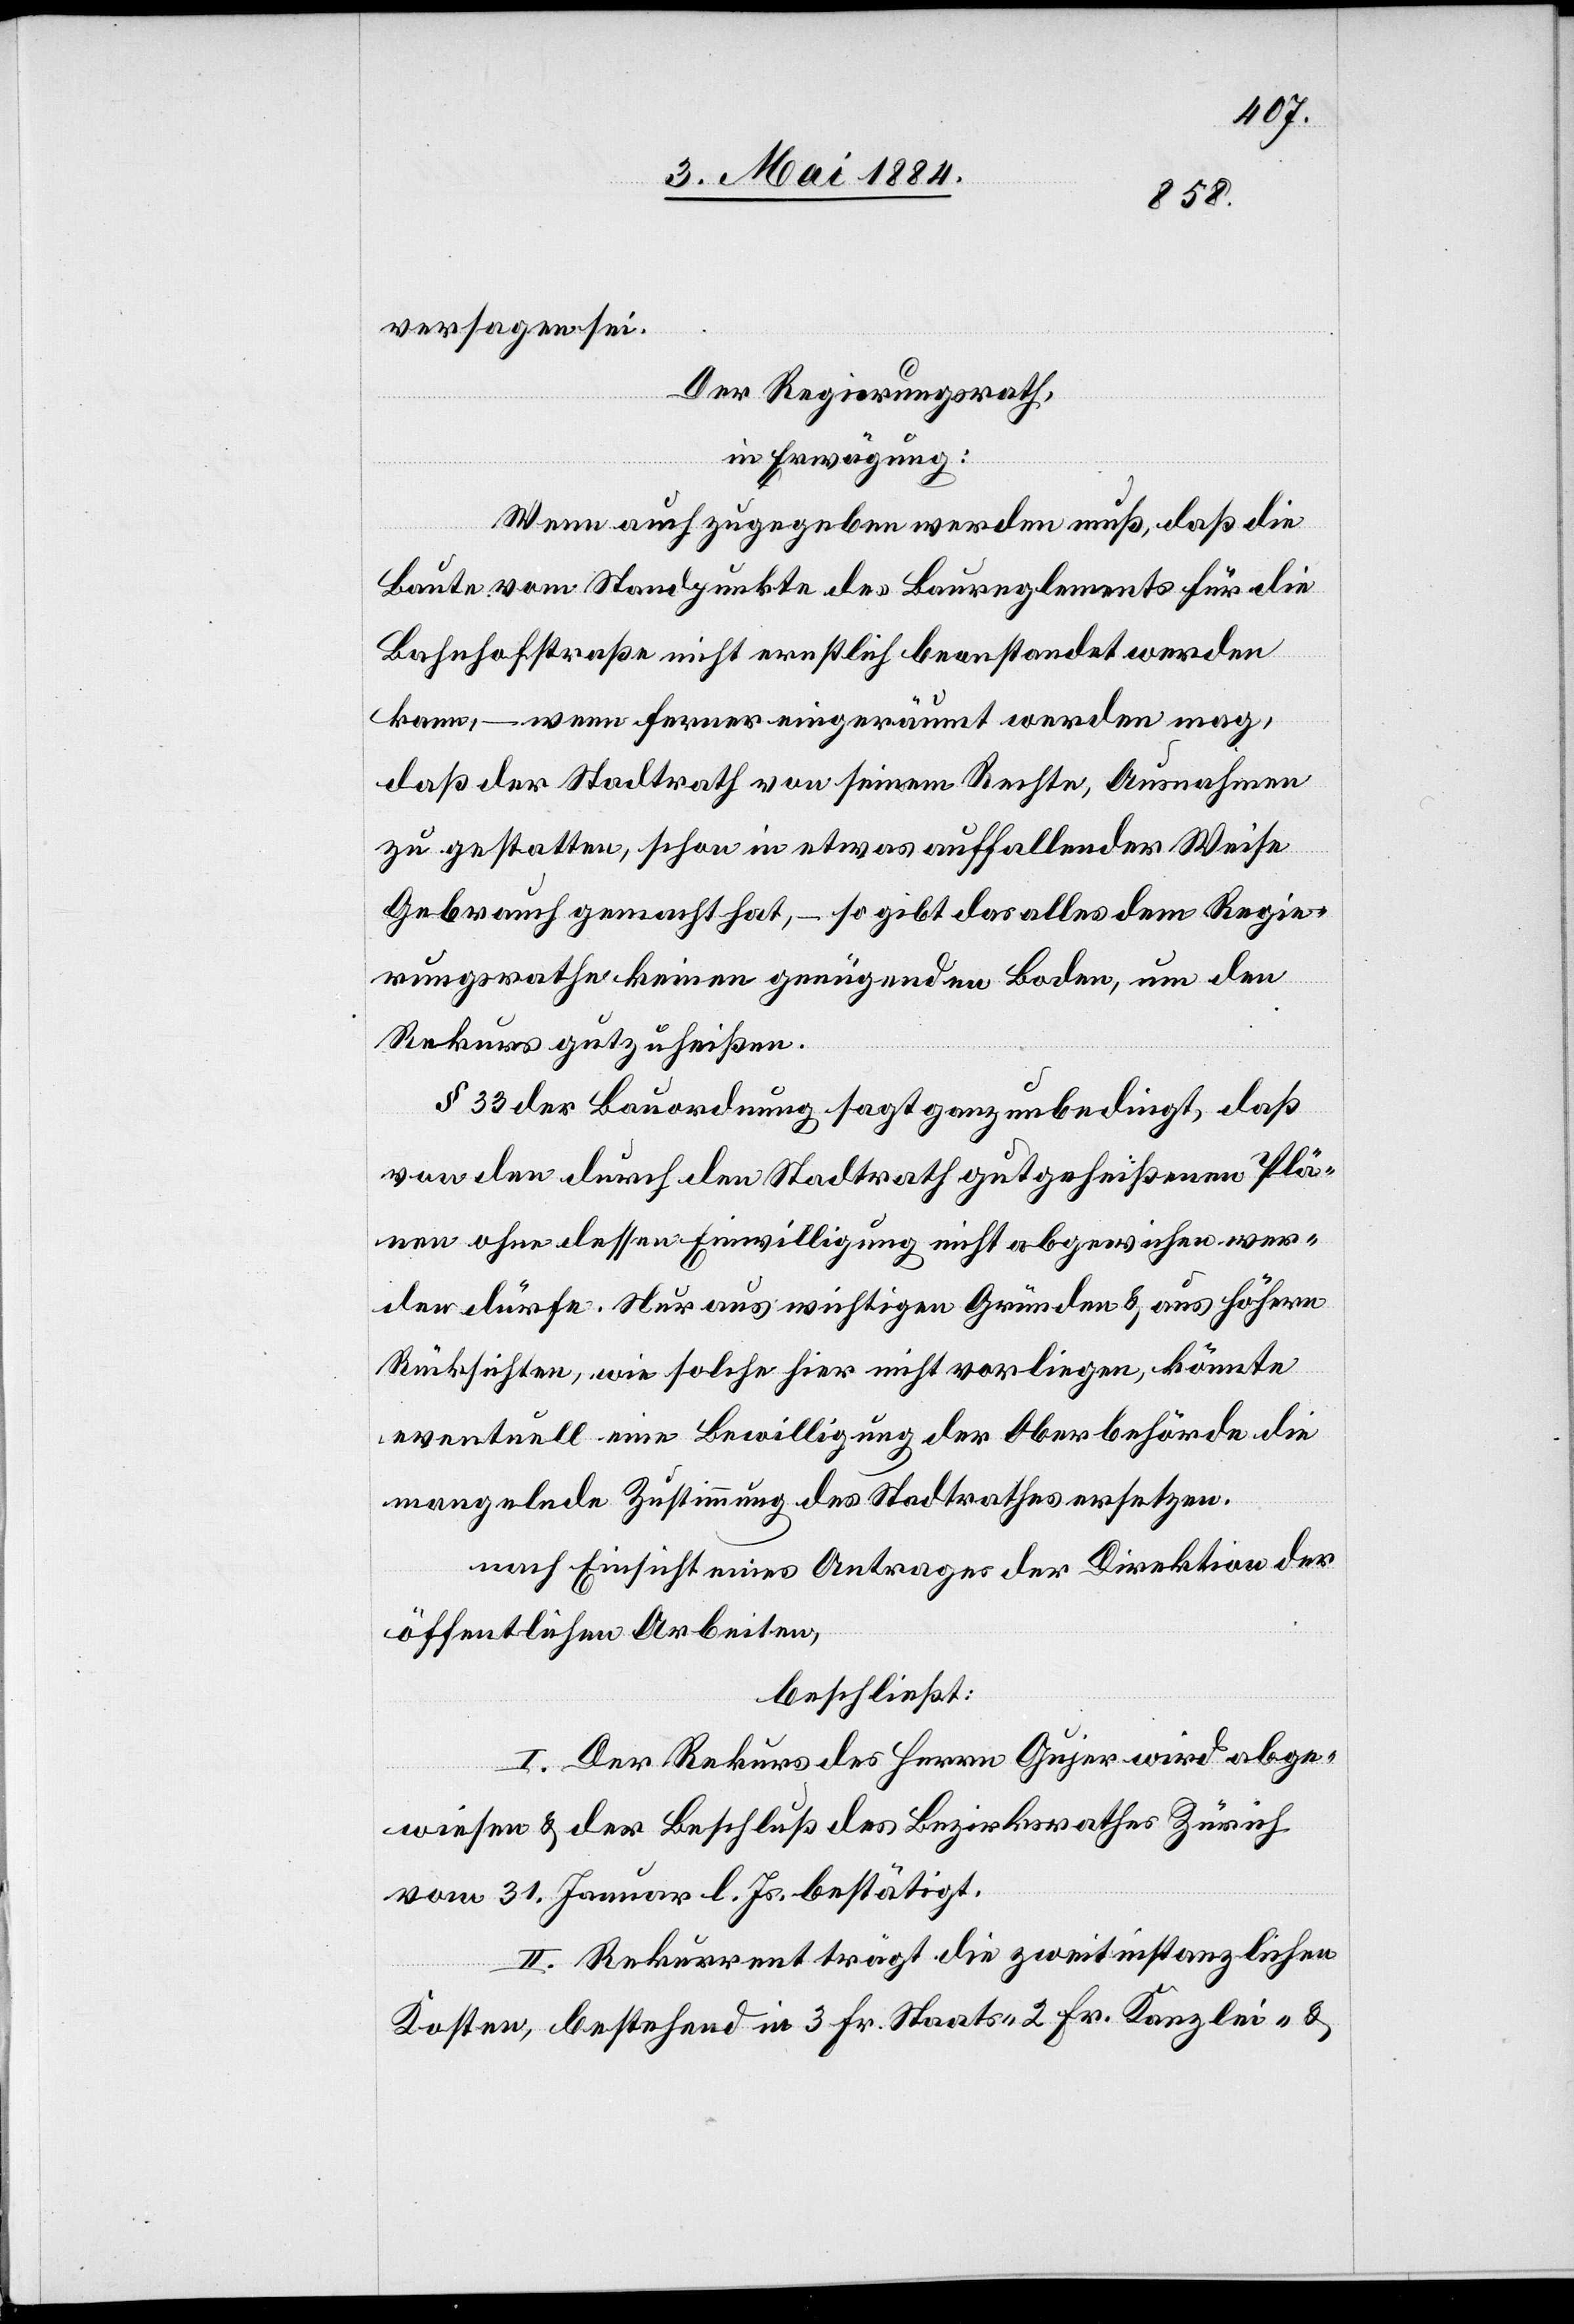
versagen sei.
Der Regierungsrath,
in Erwägung:
Wenn auch zugegeben werden muß, daß die
Baute vom Standpunkte des Baureglements für die
Bahnhofstraße nicht ernstlich beanstandet werden
kann, – wenn ferner eingeräumt werden mag,
daß der Stadtrath von seinem Rechte, Ausnahmen
zu gestatten, schon in etwas auffallender Weise
Gebrauch gemacht hat, – so gibt das alles dem Regie¬
rungsrathe keinen genügenden Boden, um den
Rekurs gutzuheißen.
§ 33 der Bauordnung sagt ganz unbedingt, daß
von den durch den Stadtrath gutgeheißenen Plä¬
nen ohne dessen Einwilligung nicht abgewichen wer¬
den dürfe. Nur aus wichtigen Gründen & aus höhern
Rücksichten, wie solche hier nicht vorliegen, könnte
eventuell eine Bewilligung der Oberbehörde die
mangelnde Zustimmung des Stadtrathes ersetzen.
nach Einsicht eines Antrages der Direktion der
öffentlichen Arbeiten,
beschließt:
I. Der Rekurs des Herrn Gujer wird abge¬
wiesen & der Beschluß des Bezirksrathes Zürich
vom 31. Januar l. Js. bestätigt.
II. Rekurrent trägt die zweitinstanzlichen
Koten, bestehend in 3 Fr. Staats- 2 Fr. Kanzlei- &